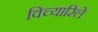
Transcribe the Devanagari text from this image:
विच्यारिले